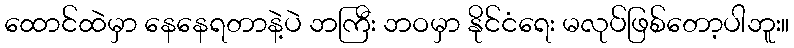
ထောင်ထဲမှာ နေနေရတာနဲ့ပဲ ဘကြီး ဘဝမှာ နိုင်ငံရေး မလုပ်ဖြစ်တော့ပါဘူး။